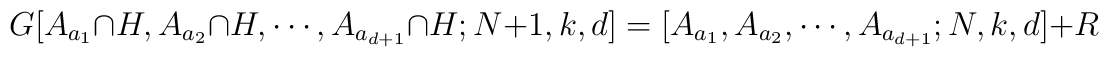
G[A_{a_{1}}\cap H ,A_{a_{2}}\cap H,\cdots,A_{a_{d+1}}\cap H ;N+1,k,d]=[A_{a_{1}},A_{a_{2}},\cdots,A_{a_{d+1}};N,k,d]+R